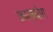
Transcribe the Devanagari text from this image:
कालयोग